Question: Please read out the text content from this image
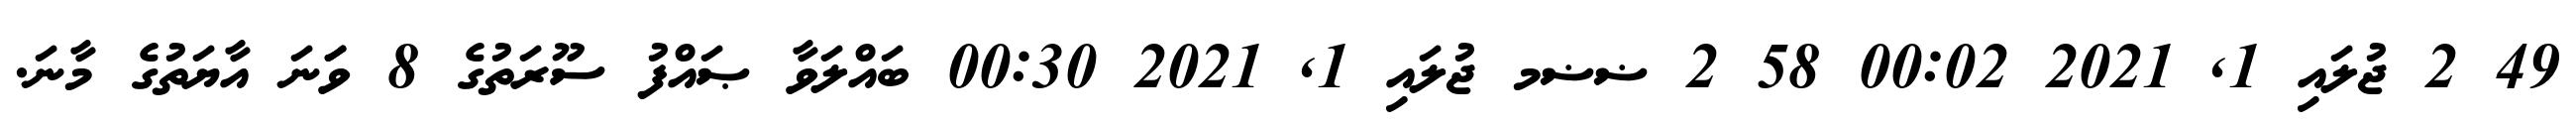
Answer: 49 2 ޖުލައި 1, 2021 00:02 58 2 ޟޟމ ޖުލައި 1, 2021 00:30 ބައްލަވާ ޞައްފު ސޫރަތުގެ 8 ވަަނަ އާޔަތުގެ މާނަ.